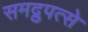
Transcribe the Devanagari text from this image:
समद्रुपत्से